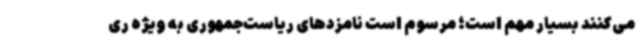
می‌کنند بسیار مهم است؛ مرسوم است نامزدهای ریاست‌جمهوری به ویژه ری